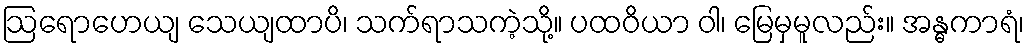
ဩရောဟေယျ သေယျထာပိ၊ သက်ရာသကဲ့သို့။ ပထဝိယာ ဝါ၊ မြေမှမူလည်း။ အန္ဓကာရံ၊